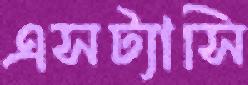
এসট্যাসি